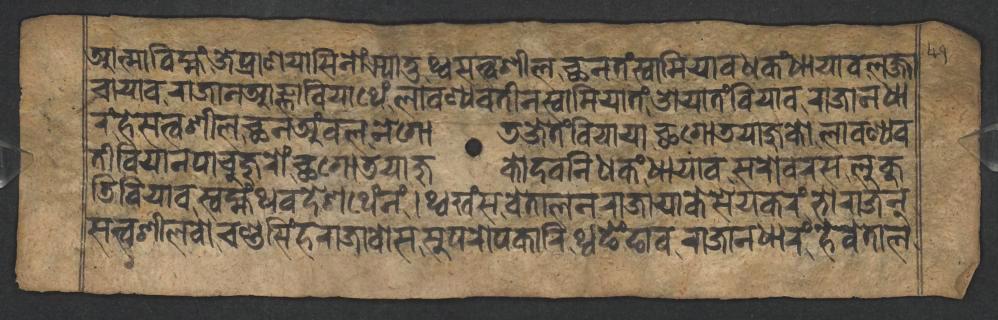
𑐁𑐟𑑂𑐩𑐵𑐧𑐶𑐩𑑂𑐴𑑄𑐖𑐾𑐥𑑂𑐬𑐵𑐞𑐫𑐵𑐳𑐶𑐣𑑀𑑄𑐗𑑂𑐫𑐵𑐟𑐸𑐠𑑂𑐰𑐳𑐟𑑂𑐰𑐱𑐷𑐮𑐕𑐣𑐟𑑄𑐳𑑂𑐰𑐵𑐩𑐶𑐫𑐵𑐰𑐢𑐎𑑄𑐢𑐵𑐫𑐵𑐰𑐮𑐖𑑂𑐖𑐵 𑐔𑐵𑐫𑐵𑐰𑐬𑐵𑐖𑐵𑐣𑐁𑐖𑑂𑐘𑐵𑐧𑐶𑐫𑐵𑐠𑐾𑑄𑐮𑐵𑐰𑐞𑑂𑐫𑐰𑐟𑐷𑐣𑐳𑑂𑐰𑐵𑐩𑐶𑐫𑐵𑐟𑑄𑐌𑐫𑐵𑐟𑑄𑐧𑐶𑐫𑐵𑐰𑐬𑐵𑐖𑐵𑐣𑐢𑐵 𑐬𑑄𑐴𑐾𑐳𑐟𑑂𑐰𑐱𑐷𑐮𑐕𑐣𑐀𑑄𑐰𑐮𑐣𑐾𑐐𑑀𑐜𑐖𑐾𑐟𑑄𑐧𑐶𑐫𑐵𑐫𑐵𑐕𑐐𑑀𑐜𑐫𑐵𑐖𑐸𑐎𑑀𑐮𑐵𑐰𑐞𑑂𑐫𑐰 𑐟𑐷𑐧𑐶𑐫𑐵𑐣𑐥𑐵𑐔𑐸𑐖𑐸𑐬𑑀𑑄𑐕𑐐𑑀𑐜𑐫𑐵𑐖𑐸𑐎𑑀𑐡𑐰𑐣𑐶𑐢𑐎𑑄𑐢𑐵𑐫𑐵𑐰𑐳𑐬𑑀𑐰𑐬𑐳𑐮𑐸𑐎𑐸 𑐜𑐶𑐧𑐶𑐫𑐵𑐰𑐳𑑂𑐰𑐩𑑂𑐴𑑄𑐠𑐰𑐡𑐾𑐱𑐠𑐾𑑄𑐣𑐾𑑄𑑋𑐠𑑂𑐰𑐏𑑄𑐳𑐰𑐾𑐟𑐵𑐮𑐣𑐬𑐵𑐖𑐵𑐫𑐵𑐎𑐾𑐳𑐾𑐫𑐎𑐬𑑄𑐨𑑀𑐬𑐵𑐖𑐣𑑂 𑐳𑐟𑑂𑐰𑐱𑐷𑐮𑐰𑑀𑐔𑐞𑑂𑐜𑐳𑐶𑑄𑐴𑐬𑐵𑐖𑐵𑐰𑑀𑐳𑐳𑐸𑐥𑐬𑑀𑐥𑐎𑐵𑐬𑐶𑐠𑑂𑐰𑐒𑐾𑑄𑐒𑐵𑐰𑐬𑐵𑐖𑐵𑐣𑐢𑐵𑐬𑑄𑐴𑐾𑐰𑐾𑐟𑐵𑐮